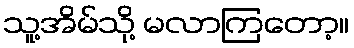
သူ့အိမ်သို့ မလာကြတော့။